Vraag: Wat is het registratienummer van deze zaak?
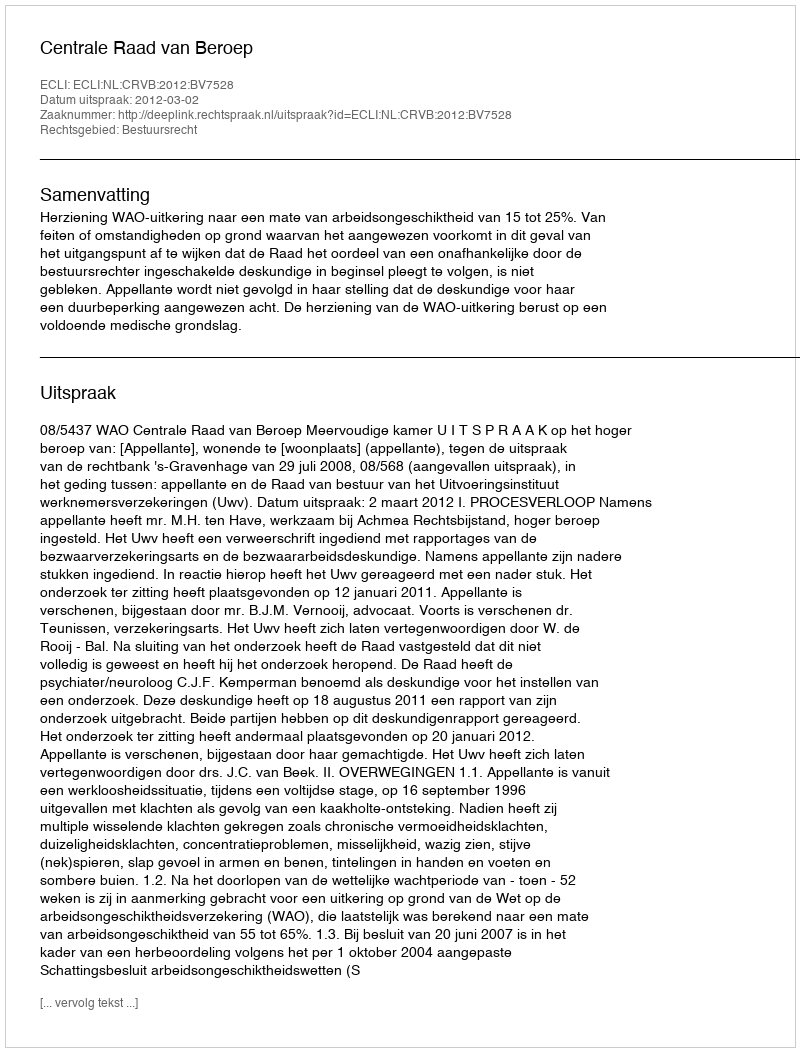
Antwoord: http://deeplink.rechtspraak.nl/uitspraak?id=ECLI:NL:CRVB:2012:BV7528